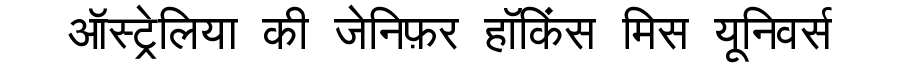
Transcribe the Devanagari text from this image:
ऑस्ट्रेलिया की जेनिफ़र हॉकिंस मिस यूनिवर्स